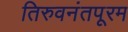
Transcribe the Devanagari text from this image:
तिरुवनंतपूरम